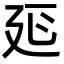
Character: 𭚒